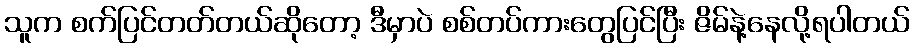
သူက စက်ပြင်တတ်တယ်ဆိုတော့ ဒီမှာပဲ စစ်တပ်ကားတွေပြင်ပြီး ဇိမ်နဲ့နေလို့ရပါတယ်